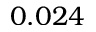
0 . 0 2 4